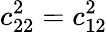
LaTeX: c_{22}^{2}=c_{12}^{2}